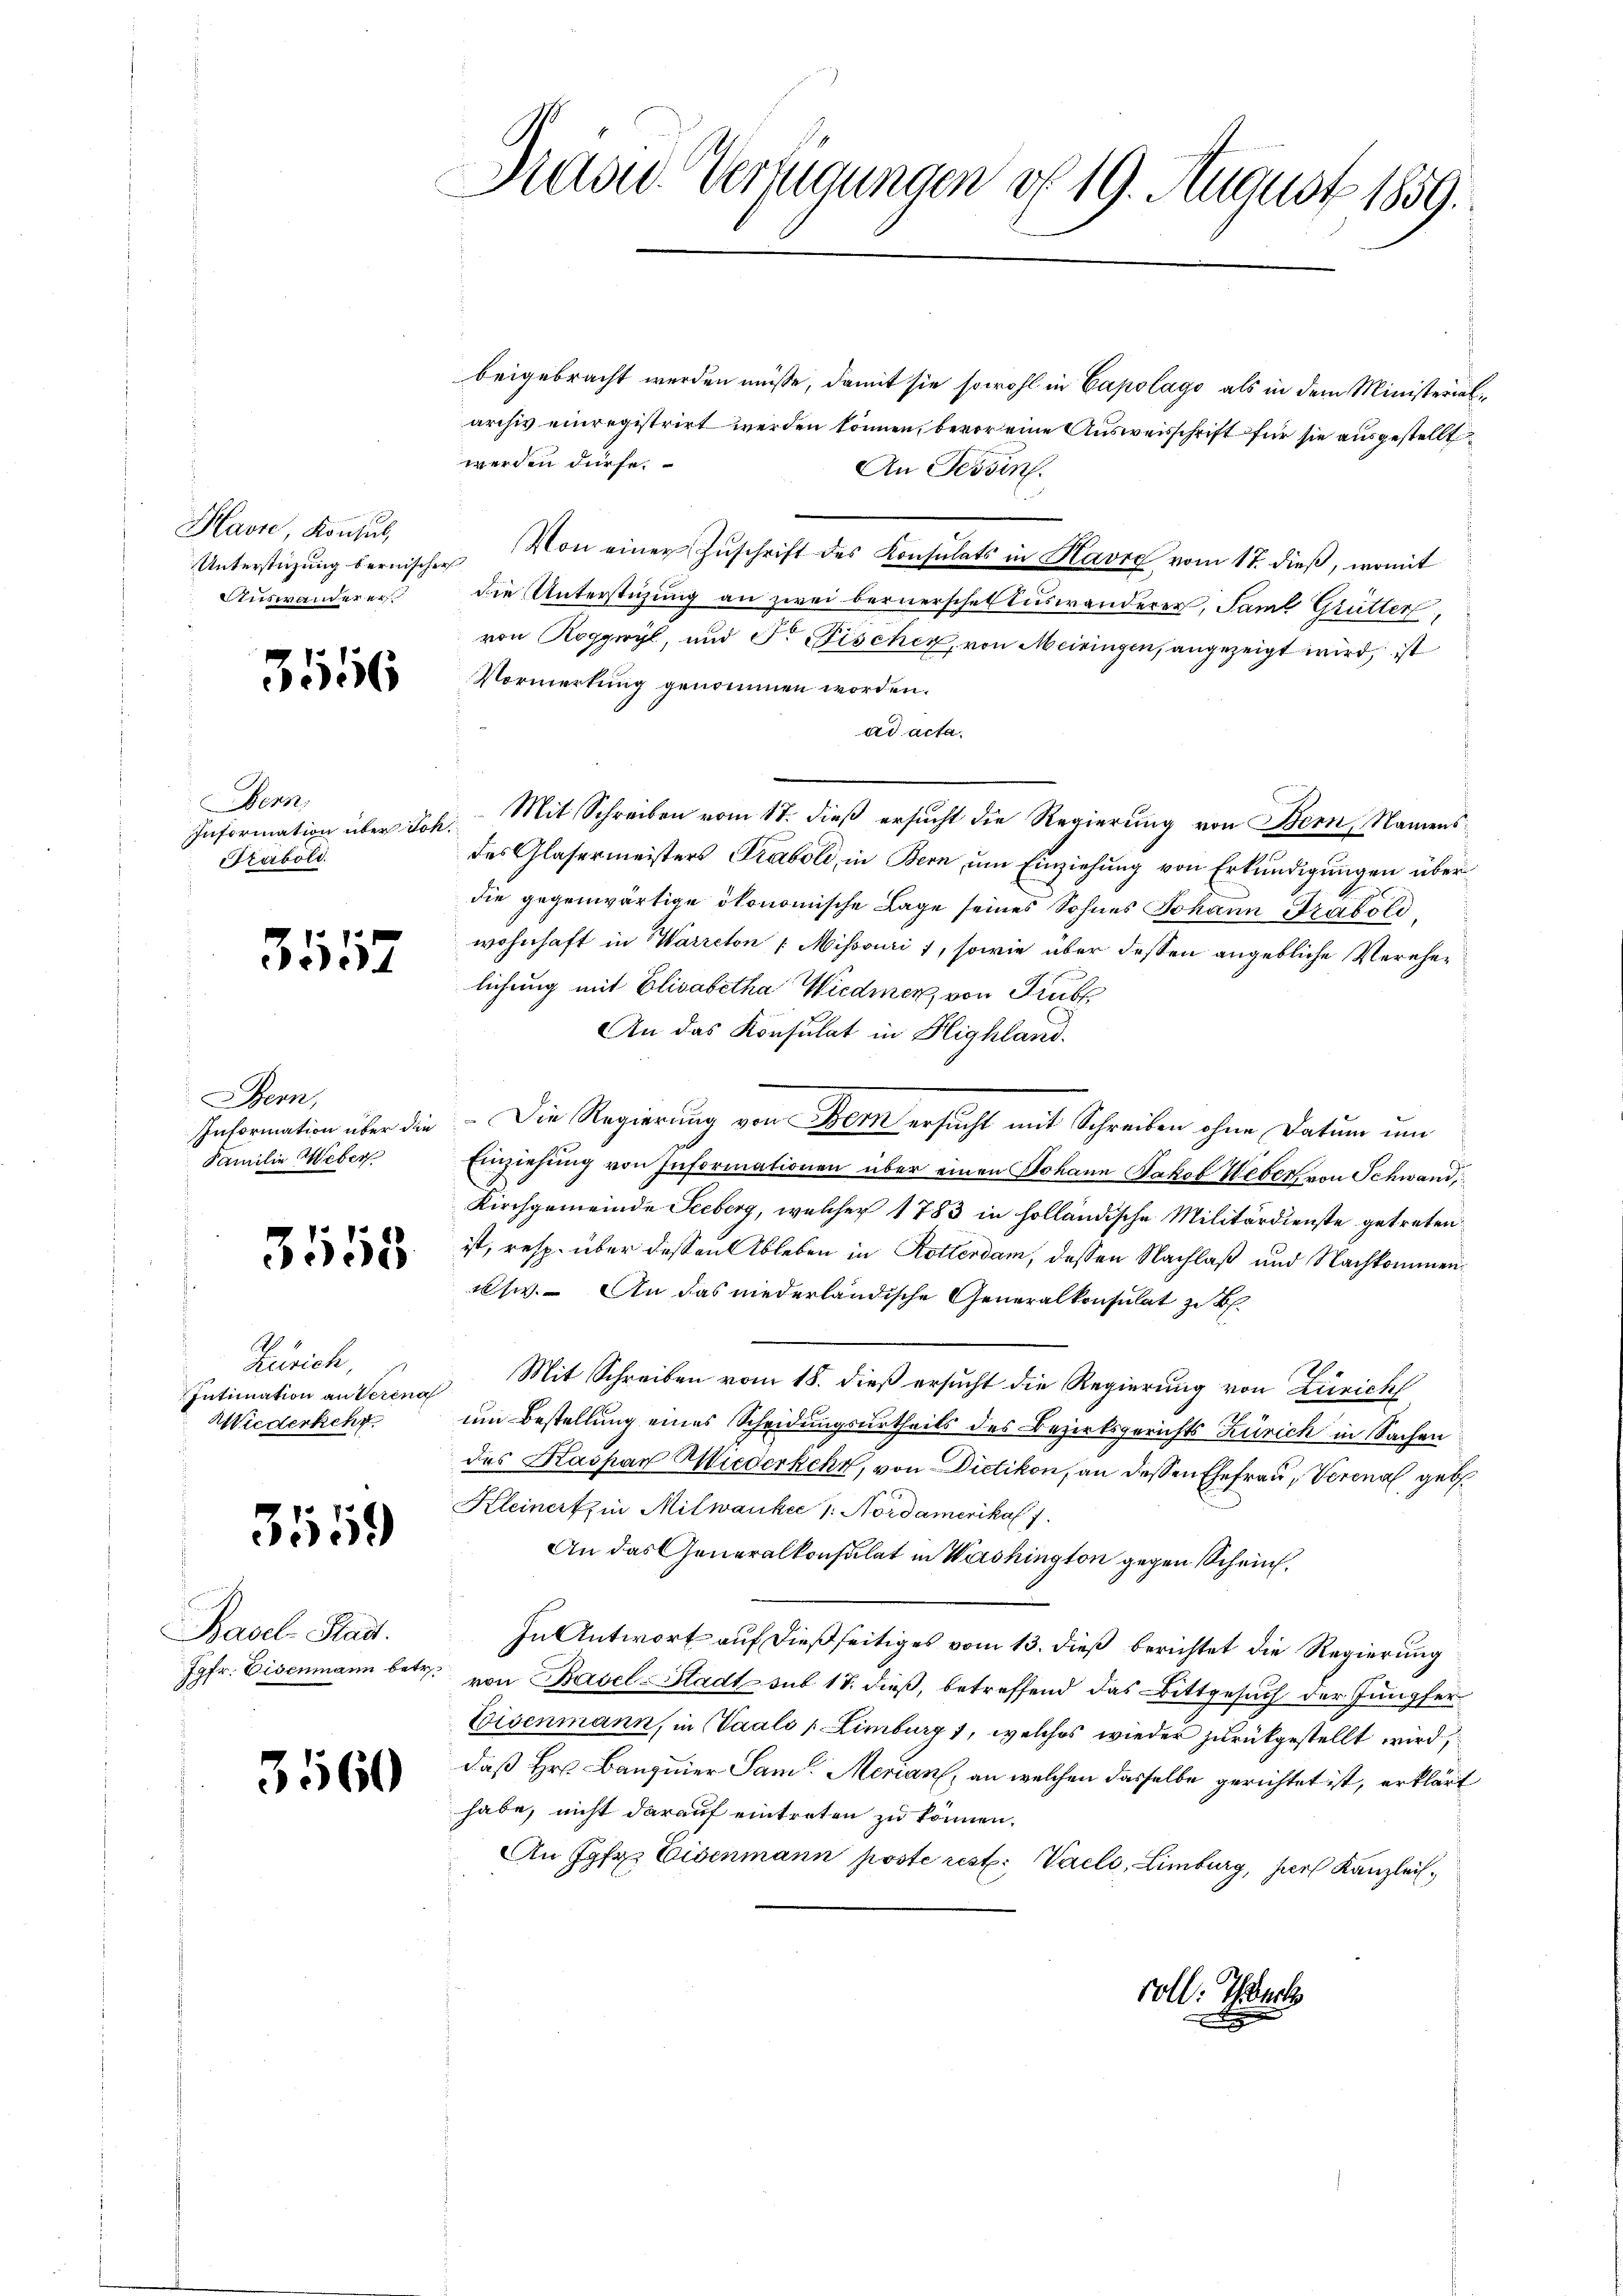
Havre, Konsul
Unterstüzung bernischen
Auswanderer

3556

Bern,
Information über Joh
Sterbold

3157

Bern,
Information über die
Familie Weber

3558

Zürich,
Intimation an Verena
Wiederkehr

3559

Basel-Stadt.
Jgfr. Eisenmann betr.

3560

David Verfügungen vf 19. August 1859.

beigebracht werden müsse, damit sie sowohl in Capolago als in dem Ministerialarchiv einregistrirt werden können, bevor eine Ausweisschrift für sie ausgestellt
werden dürfe.
An Tessin.
Von einer Zuschrift des Konsulats in Havre vom 17. dieß, womit
die Unterstüzung an zwei bernerschel Auswanderer, Saml Grütter,
von Roggwyl, und Dr. Fischer, von Meiringen, angezeigt wird, ist
Vormerkung genommen worden.
ad acta.
2. Mit Schreiben vom 17. dieß ersucht die Regierung von Bern, Namensdes Glasermeisters Traboli, in Bern, um Einziehung von Erkundigungen über
die gegenwärtige ökonomische Lage seines Sohnes Johann Trabold
wohnhaft in Warreton Missvuri 7, sowie über dessen angebliche Verehelichung mit Elisabetha Wiedmer, von Trub
An das Konsulat in Highland.
Die Regierung von Bern ersucht mit Schreiben ohne Datum um
Einziehung von Informationen über einen Johann Jakob Weber von Schwand,
Kirchgemeinde Seeberg, welcher 1783 in holländische Militärdienste getreten
ist, resp. über dessen Ableben in Rotterdam, dessen Nachlaß und Nachkommenksw. An das niederländische Generalkonsulat zu B.
 Mit Schreiben vom 18. dieß ersucht die Regierung von Zürich
um Bestellung eines Scheidungsurtheils des Bezirksgerichts Zürich in Sachen
des Kaspar Wiederkehr, von Dietikon, an dessen Ehefrau, Verena geb.
Kleinert in Milwanker 1. Nordamerikal f
An das Generalkonsulat in Washington gegen Schein.
In Antwort auf dießseitiges vom 13. dieß berichtet die Regierung
von Basel-Stadt sub 18. dieß, betreffend das Bittgesuch der Jungfer
Eisenmann, in Saals „Limburg 1, welches wieder zurückgestellt wird,
daß Hr. Banquier Sam. Merian, an welchen dasselbe gerichtet ist, erklärt
habe, nicht darauf eintreten zu können.
An Jgfr. Eisenmann poste rest. Vael, Limburg, her Kanzlei,
voll. Tech